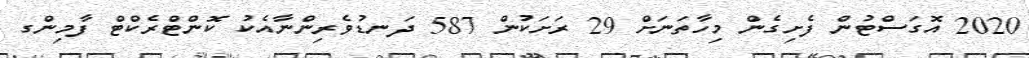
2020 އޮގަސްޓުން ފެށިގެން މިހާތަނަށް 29 ރަށަކުން 587 ދަނޑުވެރިންނާއެކު ކޮންޓްރެކްޓް ފާމިންގ